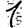
Digit: 1